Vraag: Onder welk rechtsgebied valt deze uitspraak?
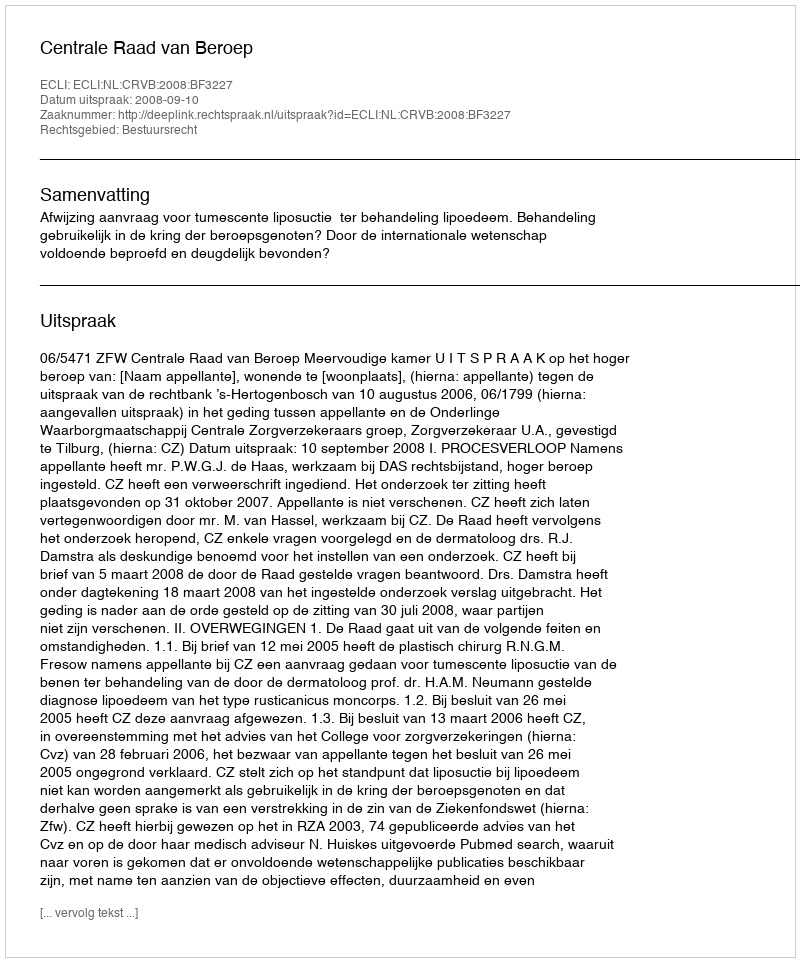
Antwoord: Bestuursrecht